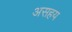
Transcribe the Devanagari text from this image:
असहय